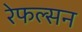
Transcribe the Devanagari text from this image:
रेफल्सन